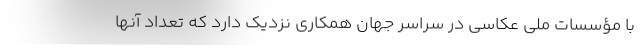
با مؤسسات ملی عکاسی در سراسر جهان همکاری نزدیک دارد که تعداد آنها